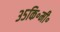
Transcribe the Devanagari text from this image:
३५कि॰मी॰